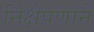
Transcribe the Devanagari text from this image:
निक्षेपणाने